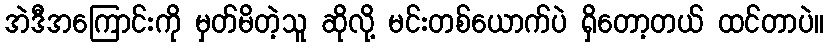
အဲဒီအကြောင်းကို မှတ်မိတဲ့သူ ဆိုလို့ မင်းတစ်ယောက်ပဲ ရှိတော့တယ် ထင်တာပဲ။